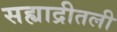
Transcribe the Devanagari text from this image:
सह्याद्रीतली